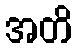
အတိ